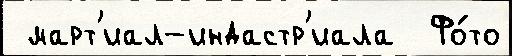
 март'иал-индастр'иала  Фо́то